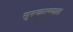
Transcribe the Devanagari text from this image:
सुरूकरण्यात